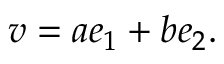
v = a e _ { 1 } + b e _ { 2 } .